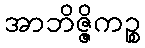
အာဘိဇ္ဇိကဉ္စ